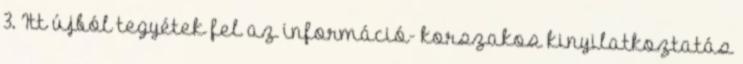
3. Itt újból tegyétek fel az információ- korszakos kinyilatkoztatás